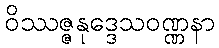
ဝိဿဇ္ဇနုဒ္ဒေသဝဏ္ဏနာ